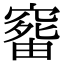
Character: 𥧠